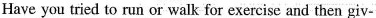
Have you tried to run or walk for exercise and then giv-